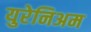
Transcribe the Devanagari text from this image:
युरेनिअम